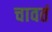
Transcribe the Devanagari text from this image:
चावतं